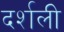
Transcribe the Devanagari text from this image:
दर्शली